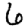
Digit: 6